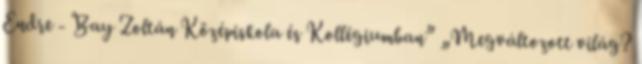
Endre - Bay Zoltán Középiskola és Kollégiumban” „Megváltozott világ?